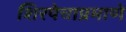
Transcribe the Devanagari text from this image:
शिरपेचाप्रमाणे